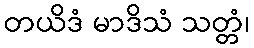
တယိဒံ မာဒိသံ သတ္တံ၊